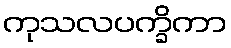
ကုသလပက္ခိကာ